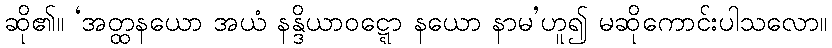
ဆို၏။ ‘အတ္ထနယော အယံ နန္ဒိယာဝဋ္ဋော နယော နာမ’ဟူ၍ မဆိုကောင်းပါသလော။